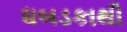
ધબડકાથી